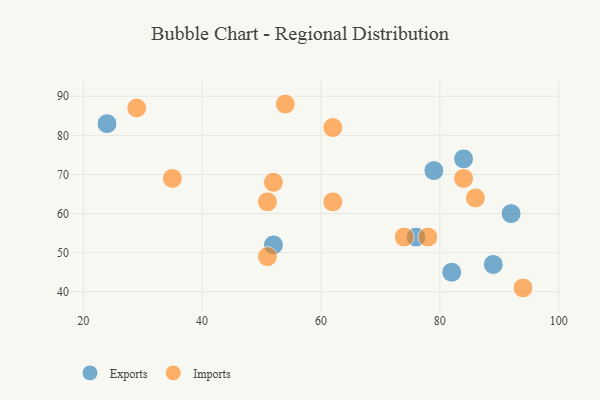
{"axis": {"x": "GDP", "y": "Life Expectancy"}, "legend": ["Exports", "Imports"], "data": [{"x": "79", "y": 71, "type": "Exports"}, {"x": "92", "y": 60, "type": "Exports"}, {"x": "89", "y": 47, "type": "Exports"}, {"x": "24", "y": 83, "type": "Exports"}, {"x": "84", "y": 74, "type": "Exports"}, {"x": "52", "y": 52, "type": "Exports"}, {"x": "76", "y": 54, "type": "Exports"}, {"x": "82", "y": 45, "type": "Exports"}, {"x": "74", "y": 54, "type": "Imports"}, {"x": "51", "y": 63, "type": "Imports"}, {"x": "84", "y": 69, "type": "Imports"}, {"x": "62", "y": 82, "type": "Imports"}, {"x": "51", "y": 49, "type": "Imports"}, {"x": "54", "y": 88, "type": "Imports"}, {"x": "52", "y": 68, "type": "Imports"}, {"x": "86", "y": 64, "type": "Imports"}, {"x": "29", "y": 87, "type": "Imports"}, {"x": "62", "y": 63, "type": "Imports"}, {"x": "78", "y": 54, "type": "Imports"}, {"x": "35", "y": 69, "type": "Imports"}, {"x": "94", "y": 41, "type": "Imports"}]}